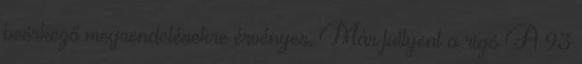
beérkező megrendelésekre érvényes. Már füttyent a rigó A 93